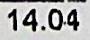
14.04